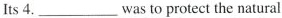
Its 4.___was to protect the natural